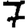
Digit: 7